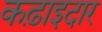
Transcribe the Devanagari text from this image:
कढ़ाइदार